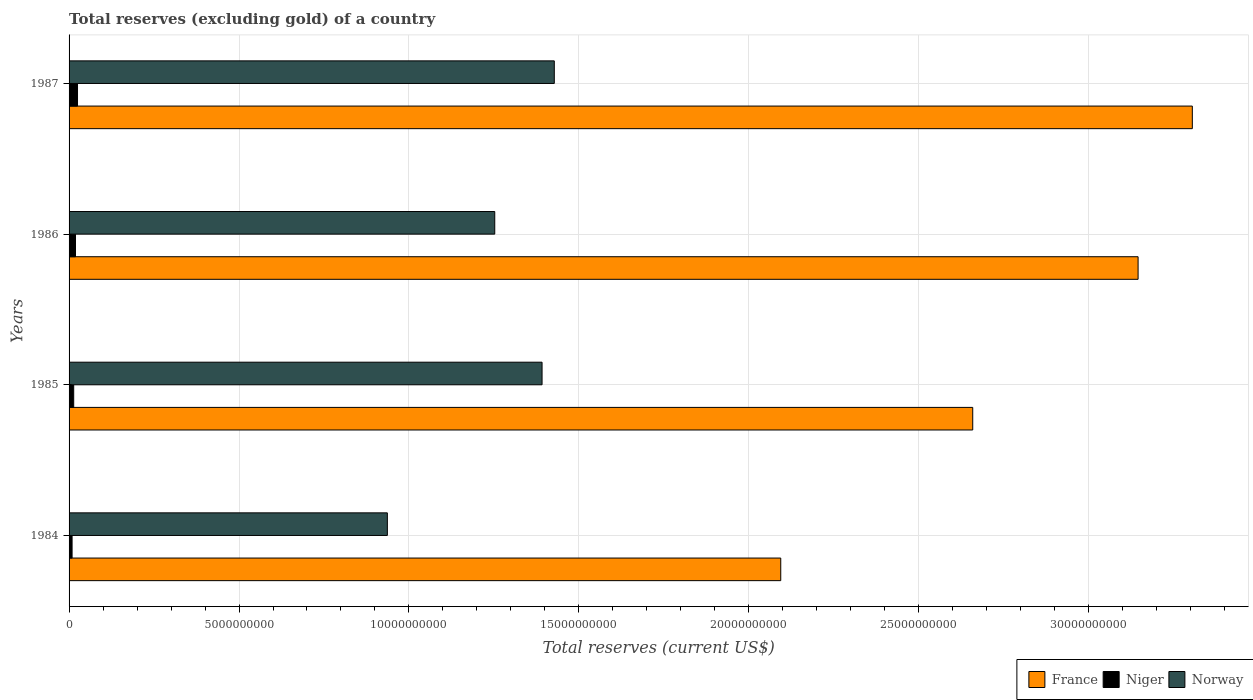
| Years | France | Niger | Norway |
 | --- | --- | --- | --- |
 | 1984 | 2.09e+10 | 8.87e+07 | 9.37e+09 |
 | 1985 | 2.66e+10 | 1.36e+08 | 1.39e+10 |
 | 1986 | 3.15e+10 | 1.89e+08 | 1.25e+10 |
 | 1987 | 3.3e+10 | 2.48e+08 | 1.43e+10 |